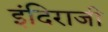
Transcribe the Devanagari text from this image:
इंदिराजी